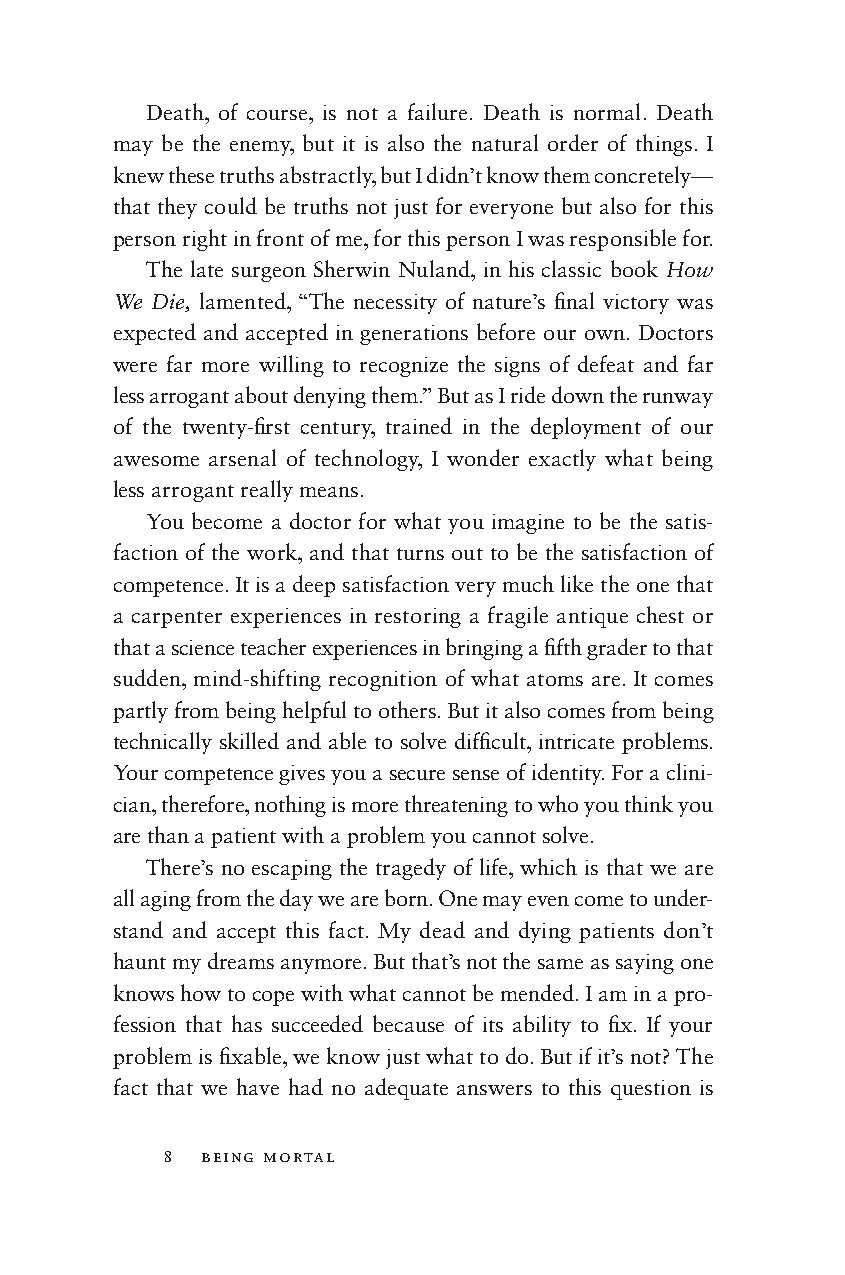
Death, of course, is not a failure. Death is normal. Death
 may be the enemy, but it is also the natural order of things. I
 knew these truths abstractly, but I didn’t know them concretely—
 that they could be truths not just for everyone but also for this
 person right in front of me, for this person I was responsible for.
 The late surgeon Sherwin Nuland, in his classic book How
 We Die, lamented, “The necessity of nature’s fi nal victory was
 expected and accepted in generations before our own. Doctors
 were far more willing to recognize the signs of defeat and far
 less arrogant about denying them.” But as I r ide down the runway
 of the twenty-fi rst century, trained in the deployment of our
 awesome arsenal of technology, I wonder exactly what being
 less arrogant really means.
 You become a doctor for what you imagine to be the satis-
 faction of the work, and that turns out to be the satisfaction of
 competence. It is a deep satisfaction very much like the one that
 a carpenter experiences in restoring a fragile antique chest or
 that a science teacher experiences in bringing a fi fth grader to that
 sudden, mind-s hifting recognition of what atoms are. It comes
 partly from being helpful to others. But it also comes from being
 technically skilled and able to solve diffi cult, intricate problems.
 Your competence gives you a secure sense of identity. For a clini-
 cian, therefore, nothing is more threatening to who you think you
 are than a patient with a problem you cannot solve.
 There’s no escaping the tragedy of life, which is that we are
 all aging from the day we are born. One may even come to under-
 stand and accept this fact. My dead and dying patients don’t
 haunt my dreams anymore. But that’s not the same as saying one
 knows how to cope with what cannot be mended. I am in a pro-
 fession that has succeeded because of its ability to fi x. If your
 problem is fi xable, we know just what to do. But if it’s not? The
 fact that we have had no adequate answers to this question is
 8  being mortal
 002200--5588552266__cchh0011__77PP..iinndddd 88 88//66//1144 1100::2299 AAMM